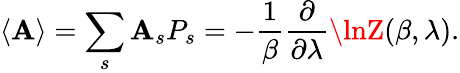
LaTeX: \langle\mathbf{A}\rangle=\sum_{s}\mathbf{A}_{s}P_{s}=-{\frac{{1}}{{\beta}}}{\frac{{\partial}}{{\partial\lambda}}}\lnZ(\beta,\lambda).